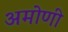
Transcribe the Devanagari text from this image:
अमोणी